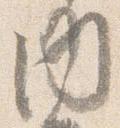
内